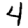
Digit: 4